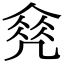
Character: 𠙠